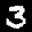
Label: 3